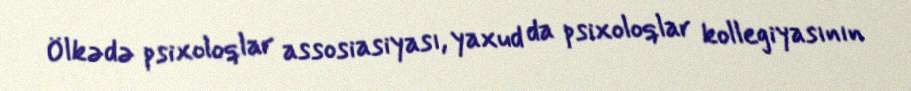
Ölkədə psixoloqlar assosiasiyası, yaxud da psixoloqlar kollegiyasının